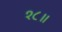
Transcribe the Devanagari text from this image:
१८॥